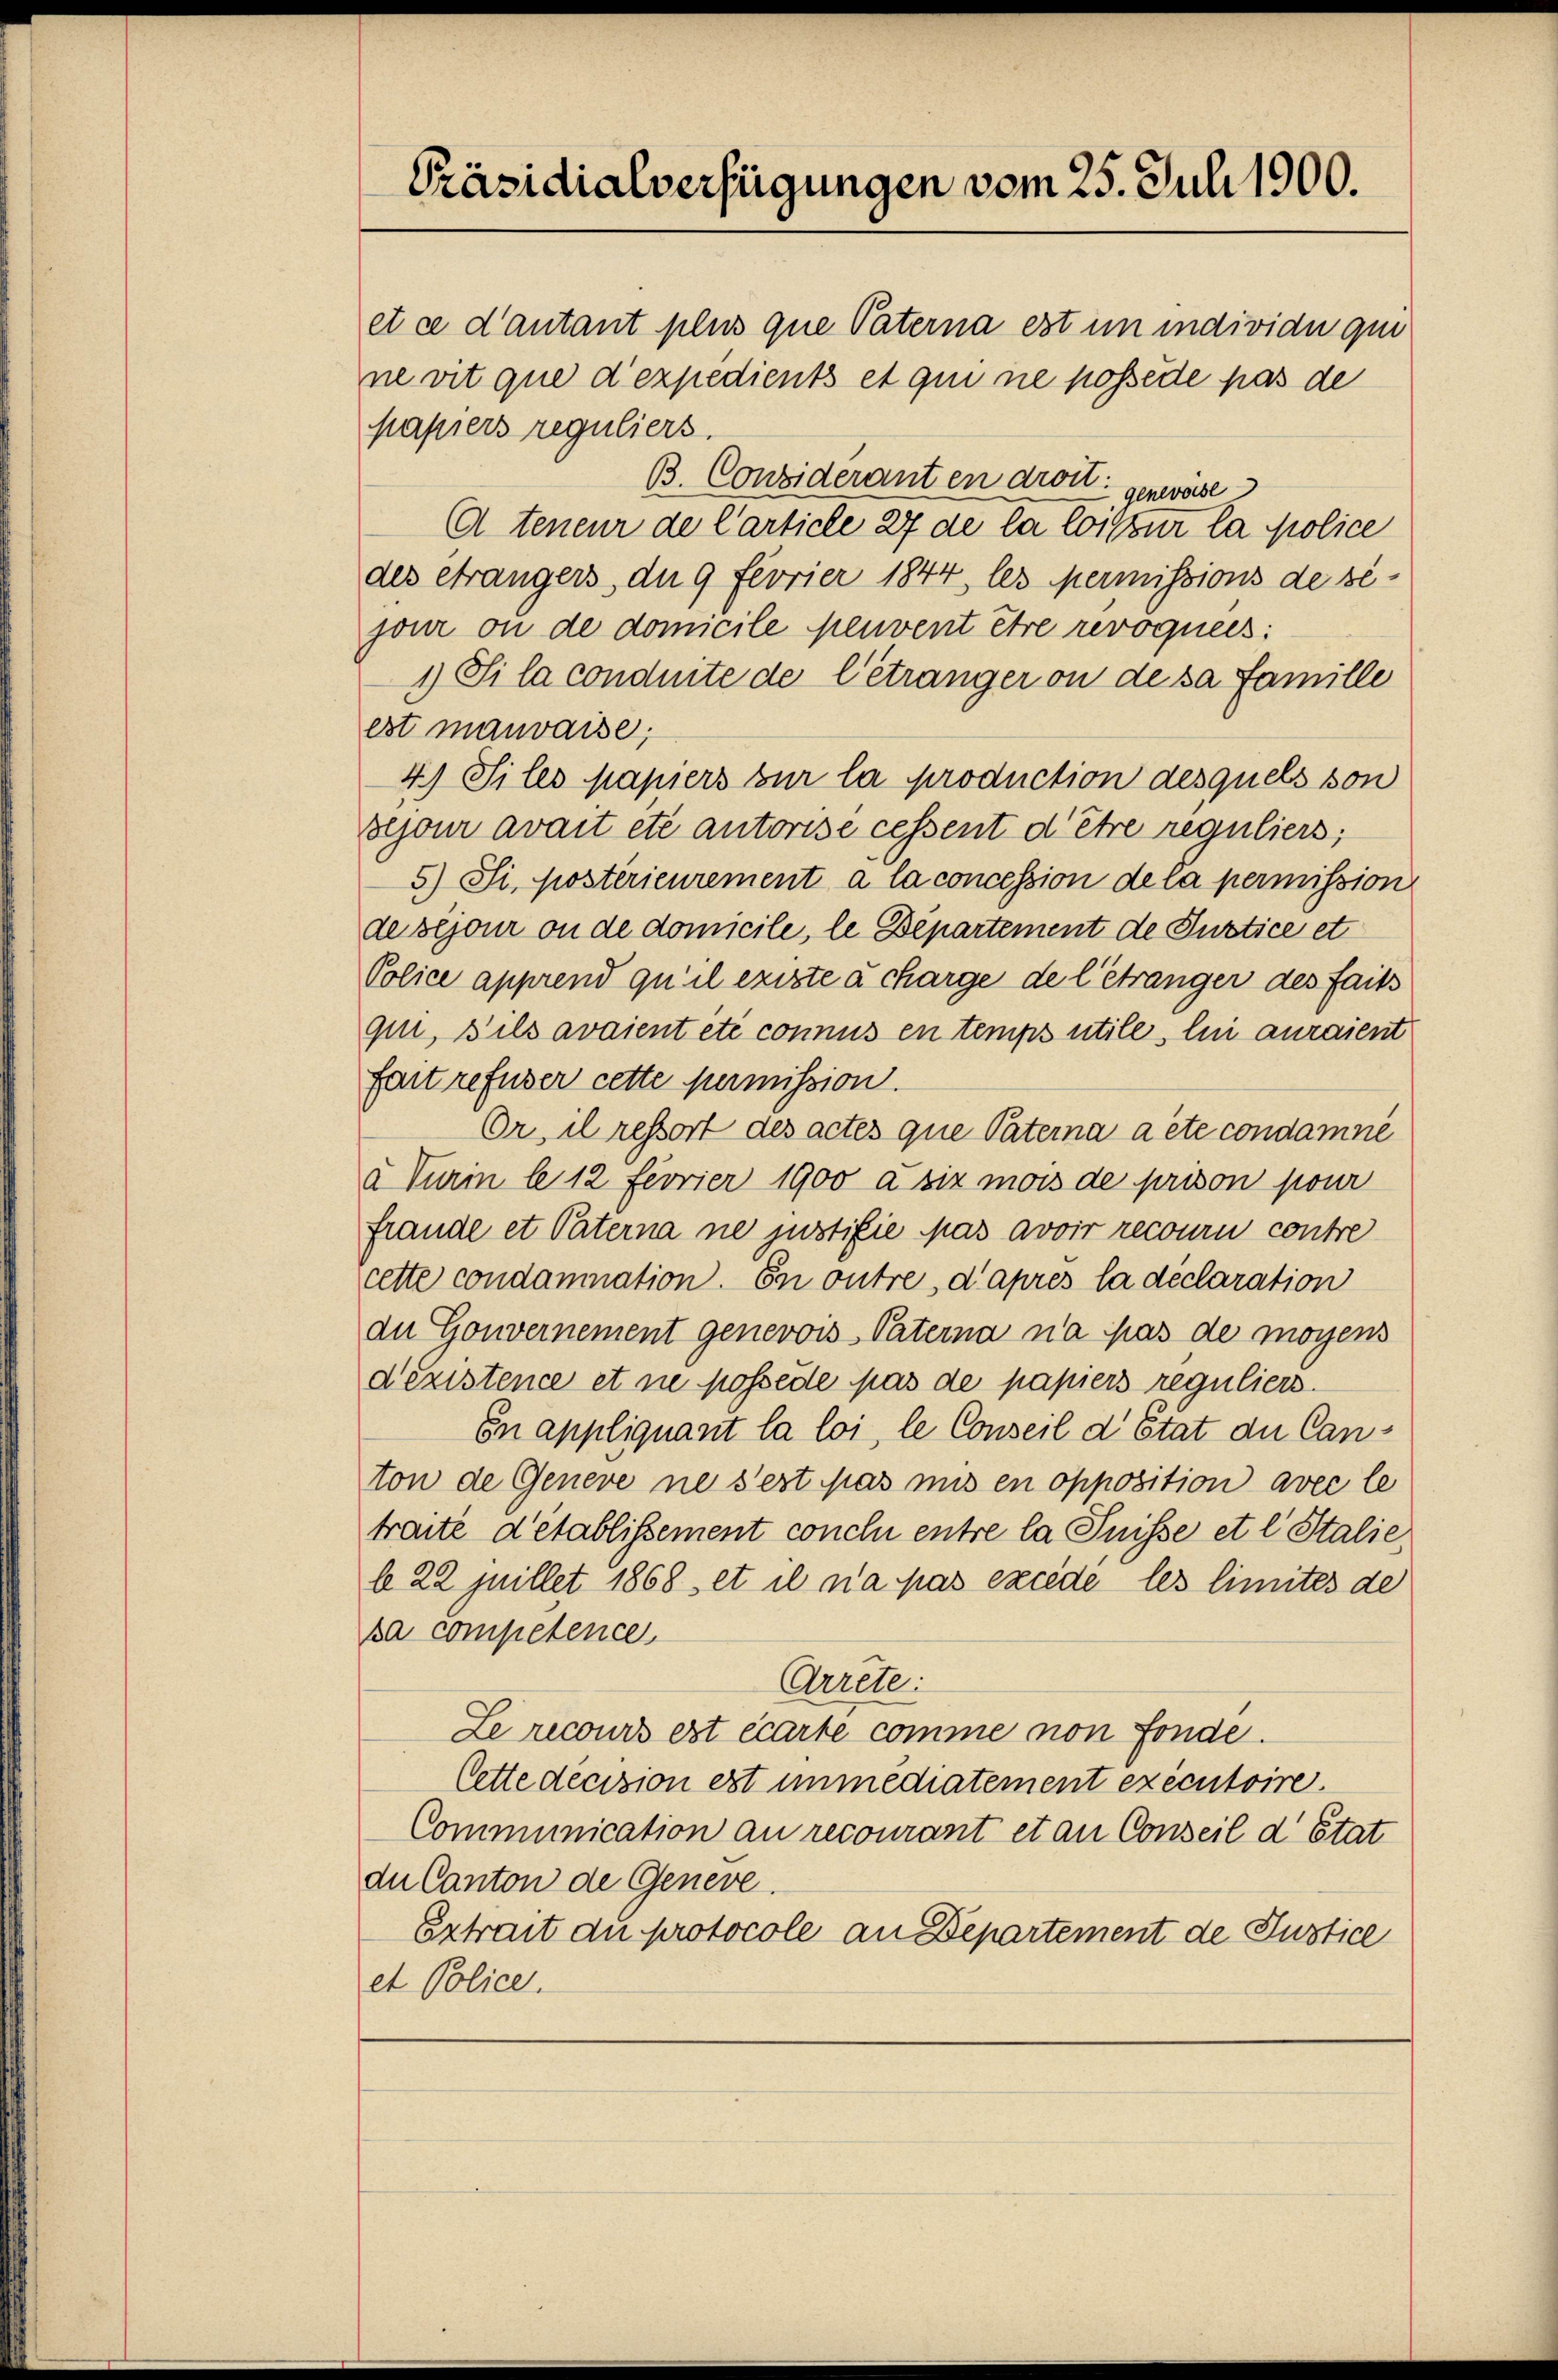
papiers reguliers.
B. Considerant en droit: genwese
A teneur de Carticle 27 de la loissur la police
des étrangers, du 9 feorier 1844 les permissions de sé-
jour ou de domicile peuvent être revoquées:
1) Si la conduite de l’étranger ou de sa famille
est mauvaise;
4) Siles papiers zur la production desquels son
Bejour avait etc autorise cessent d’être reguliers;
5) Si, postérieurement à la concession de la permission
de bijour ou de domicile, le Departement de Justice et
Police apprend qu’il existe à charge de l’étranger des faits
gin, s’ils avaient été connus en temps utile, lui auraient
fait refuser cette permission.
Or, il ressort des actes que Paterna a été condamné
a Turin le 12 feorier 1900 à six mois de prison pour
frände et Paterna ne justifie Mas avoir recouru contre
cette condamnation. En outre, d’après la déclaration
du Gouvernement genevois Paterna na pas de moyens
d’existence et ne possède pas de papiers reguliers.
En appliquant la loi, le Conseil d’Etat du Canton de Geneve ne s’est pas uns en opposition avec le
traite d’établissement conclu entre la Puisse et l. Stalie
b 22 juillet 1868 et il n’a pas excède les limites de
ka competence
Arrete:
Le recours est écarte comme von Fonde
Cette decision est immediatement exécutoire.
Communication an recourant et an Conseil d’Etat
du Canton de Geneve.
Extrait du protocole an Departement de Justice
et Police.

Präsidialverfügungen vom 25. Juli 1900.

et ce d’autant plus que Paterna est in individu qui
ne vit que d’expedients et qui ne possede pas de